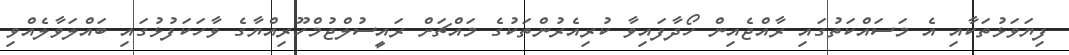
ފިޔަވަޅުތަކާއި އެ މަސައްކަތުގައި ރާއްޖެއިން ހޯދާފައިވާ ކުރިއެރުންތަކުގެ މައްޗަށް ރައީސުލްޖުމްހޫރިއްޔާގެ ވާހަކަފުޅުގައި ބައްލަވާލެއްވި